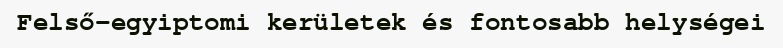
Felső-egyiptomi kerületek és fontosabb helységei